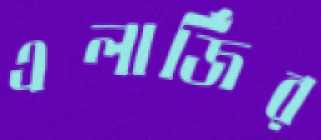
এলার্জির